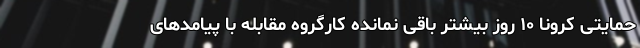
حمایتی کرونا ۱۰ روز بیشتر باقی نمانده کارگروه مقابله با پیامدهای